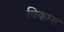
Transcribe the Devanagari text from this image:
बिकम्स